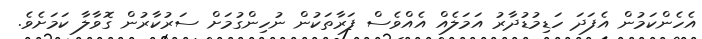
އެހެންކަމުން އެފަދަ ހަޑިމުޑުދާރު އަމަލެއް އެއްވެސް ފަރާތަކުން ނުހިންގުމަށް ސަރުކާރުން ގޮވާލާ ކަމަށެވެ.